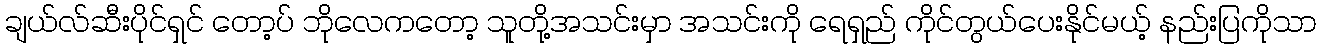
ချယ်လ်ဆီးပိုင်ရှင် တော့ပ် ဘိုလေကတော့ သူတို့အသင်းမှာ အသင်းကို ရေရှည် ကိုင်တွယ်ပေးနိုင်မယ့် နည်းပြကိုသာ